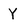
Character: Y